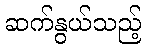
ဆက်နွယ်သည့်